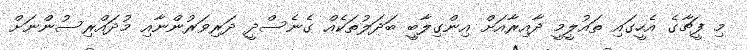
މި ފީޗާގެ އެހީގައި ތައުލީމީ ދާއިރާއަށް އިންގިލާބީ ބަދަލުތަކެއް ގެނެސްދީ ދަރިވަރުންނާއި މުދައްރިސުންނަށް